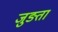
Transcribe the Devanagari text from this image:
जुङता